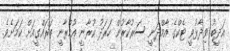
އަދީބު ވިދާޅުވީ ޓެކްގެ އާމްދަނީ ސަރުކާރުން ހަރަދު ކުރާނީ އުމްރާނީ ތަރައްގީއަށް ކަމަށެވެ.